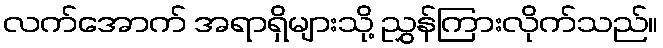
လက်အောက် အရာရှိများသို့ ညွှန်ကြားလိုက်သည်။